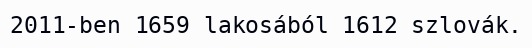
2011-ben 1659 lakosából 1612 szlovák.